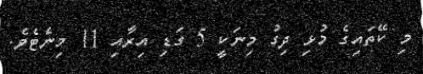
މި ކޭތައިގެ މުޅި ދިގު މިނަކީ 5 ގަޑި އިރާއި 11 މިނެޓެވެ.